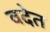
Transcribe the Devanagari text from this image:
वदेत